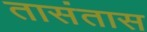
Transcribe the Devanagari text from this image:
तासंतास